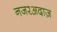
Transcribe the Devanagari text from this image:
नजरअदाज़